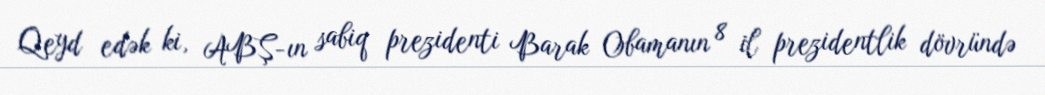
Qeyd edək ki, ABŞ-ın sabiq prezidenti Barak Obamanın 8 il prezidentlik dövründə